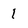
Character: 1